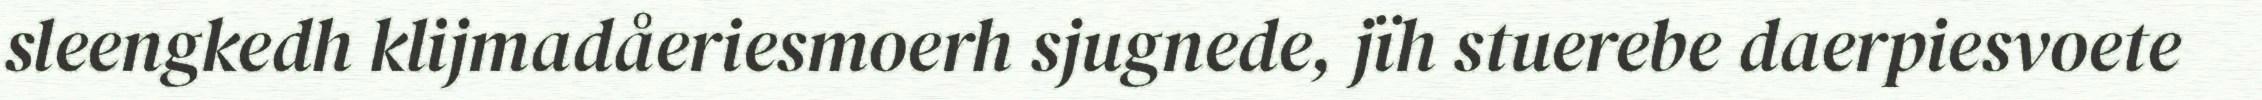
sleengkedh klijmadåeriesmoerh sjugnede, jïh stuerebe daerpiesvoete